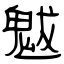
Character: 魃